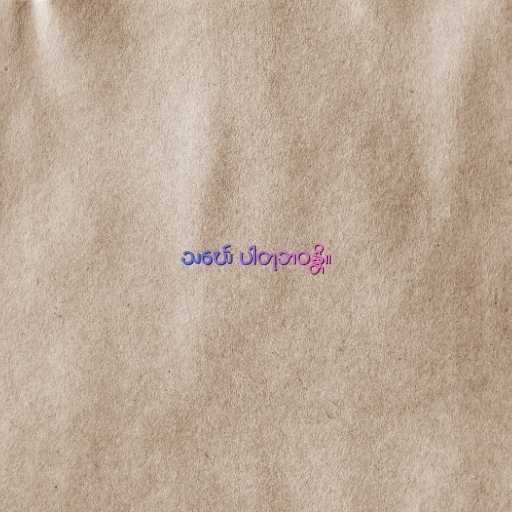
သင်္ဃေ ပါတုဘဝန္တိ။